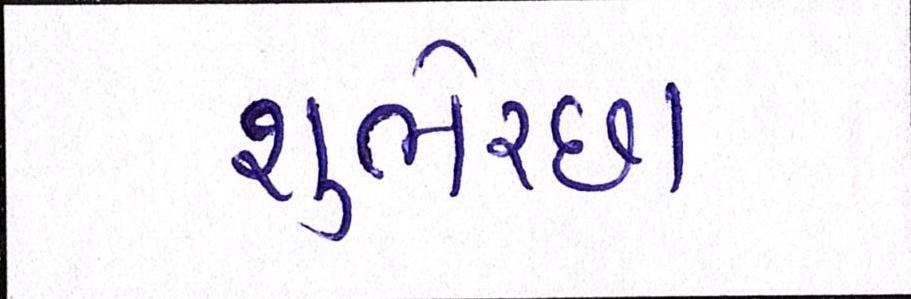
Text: શુભેચ્છા